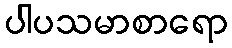
ပါပသမာစာရော